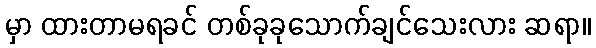
မှာ ထားတာမရခင် တစ်ခုခုသောက်ချင်သေးလား ဆရာ။